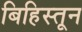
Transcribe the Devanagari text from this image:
बिहिस्तून